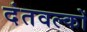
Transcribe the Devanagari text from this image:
दंतवल्कों